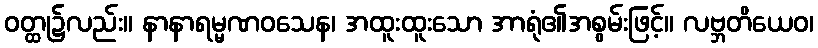
ဝတ္ထု၌လည်း။ နာနာရမ္မဏဝသေန၊ အထူးထူးသော အာရုံ၏အစွမ်းဖြင့်။ လဗ္ဘတိယေဝ၊